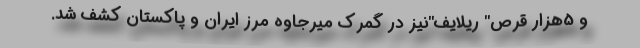
و 5هزار قرص" ریلایف"نیز در گمرک میرجاوه مرز ایران و پاکستان کشف شد.